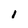
Character: i